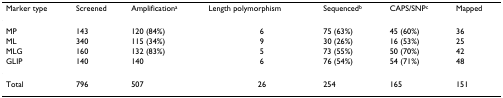
| Marker type | Screened | Amplificationa | Length polymorphism | Sequencedb | CAPS/SNPc | Mapped |
 | --- | --- | --- | --- | --- | --- | --- |
 | MP | 143 | 120 (84%) | 6 | 75 (63%) | 45 (60%) | 36 |
 | ML | 340 | 115 (34%) | 9 | 30 (26%) | 16 (53%) | 25 |
 | MLG | 160 | 132 (83%) | 5 | 73 (55%) | 50 (70%) | 42 |
 | GLIP | 140 | 140 | 6 | 76 (54%) | 54 (71%) | 48 |
 | Total | 796 | 507 | 26 | 254 | 165 | 151 |